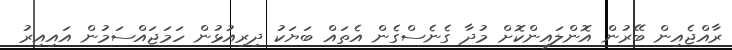
ރާއްޖެއިން ބޭރުން އޮންލައިންކޮށް މުދާ ގެނެސްގެން އެތައް ބަޔަކު ދިރިއުޅުން ހަމަޖައްސަމުން އައިއިރު